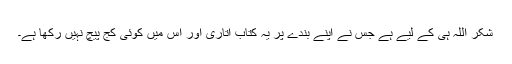
شکر اللہ ہی کے لیے ہے جس نے اپنے بندے پر یہ کتاب اتاری اور اِس میں کوئی کج پیچ نہیں رکھا ہے۔